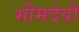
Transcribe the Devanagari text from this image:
भीमदेवी